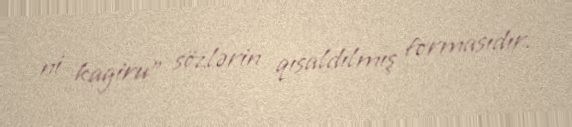
ni kagiru" sözlərin qısaldılmış formasıdır.